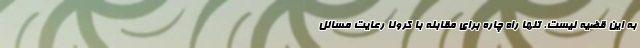
به این قضیه نیست. تنها راه چاره برای مقابله با کرونا رعایت مسائل